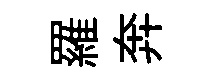
羅奔